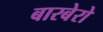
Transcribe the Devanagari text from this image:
बारबेरो